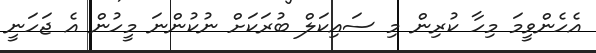
އެހެންވީމަ މިހާ ކުރިން މި ސައިކަލް ބުރަކަށް ނުކުންނަ މީހުން އެ ޖަހަނީ